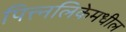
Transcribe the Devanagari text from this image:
पित्त्नलिकेमधील